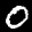
Label: 0